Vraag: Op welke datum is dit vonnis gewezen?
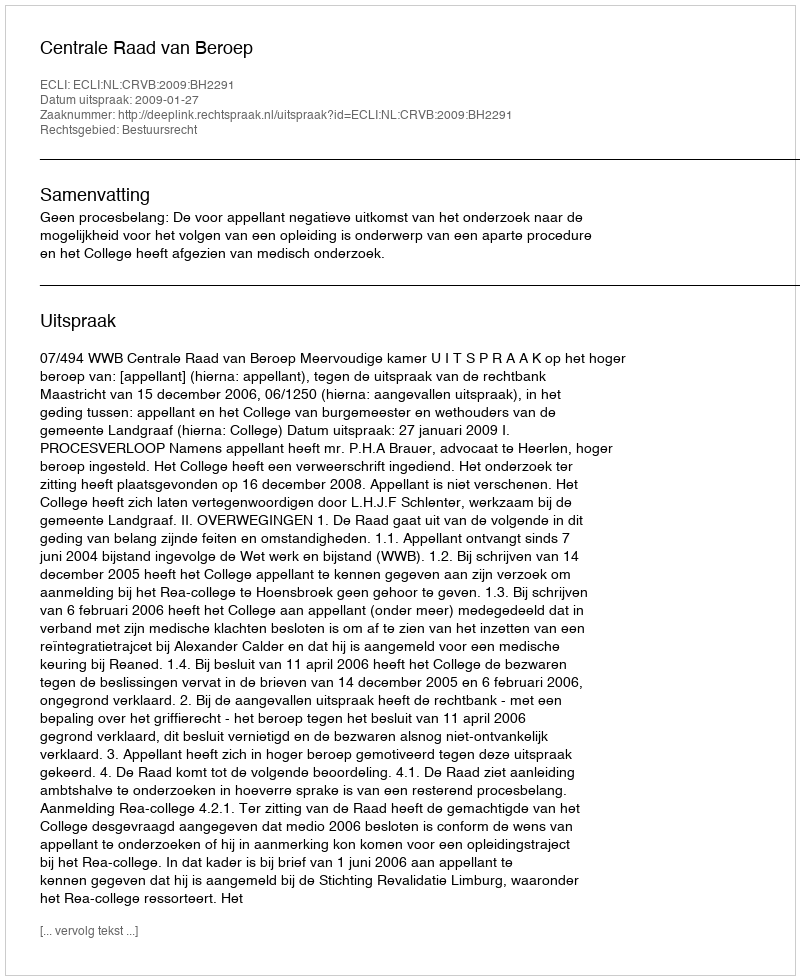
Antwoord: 2009-01-27